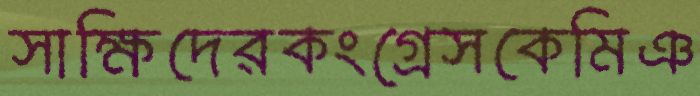
সাক্ষিদেরকংগ্রেসকেমিঞ